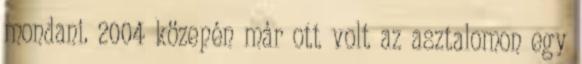
mondani. 2004 közepén már ott volt az asztalomon egy